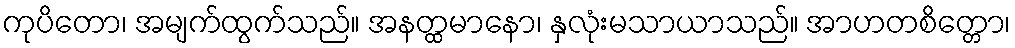
ကုပိတော၊ အမျက်ထွက်သည်။ အနတ္ထမာနော၊ နှလုံးမသာယာသည်။ အာဟတစိတ္တော၊